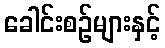
ခေါင်းစဉ်များနှင့်